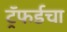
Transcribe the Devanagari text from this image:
ट्रॅफर्डचा